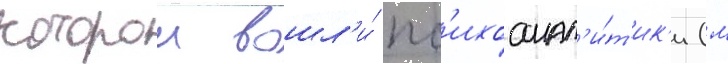
которои вошл'и́ пс'ихоанал'и́т'ик'и (м